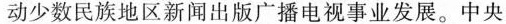
动少数民族地区新闻出版广播电视事业发展。中央